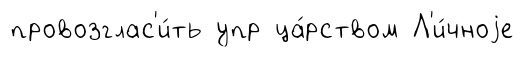
провозглас'и́ть упр ца́рством Л'и́чноjе